Civil Veterinary Department ledger series I-VI
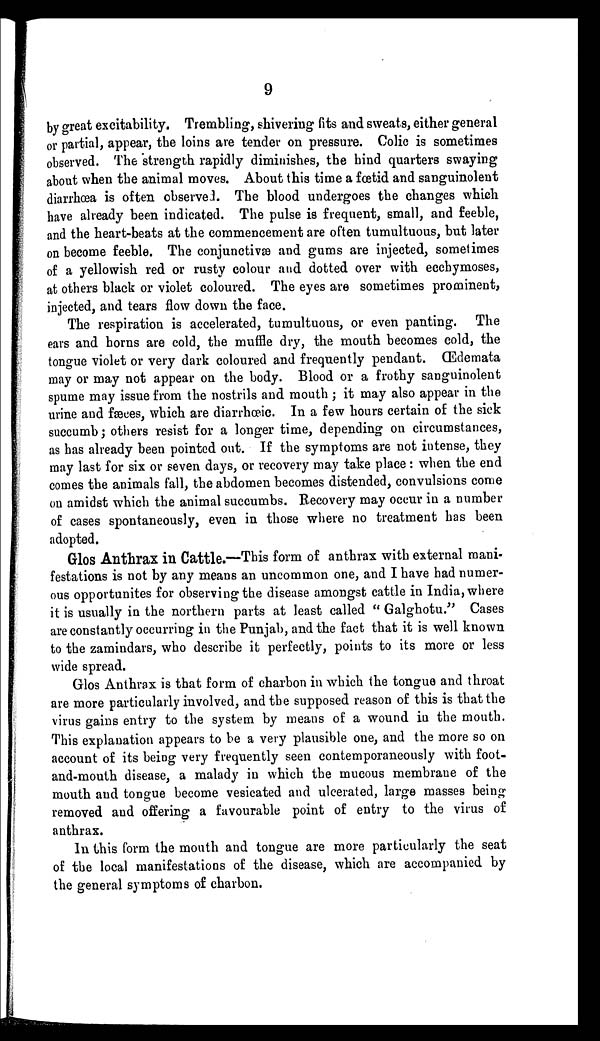
9
by great excitability. Trembling, shivering fits and sweats, either general
or partial, appear, the loins are tender on pressure. Colic is sometimes
observed. The strength rapidly diminishes, the hind quarters swaying
about when the animal moves. About this time a fœtid and sanguinolent
diarrhœa is often observed. The blood undergoes the changes which
have already been indicated. The pulse is frequent, small, and feeble,
and the heart-beats at the commencement are often tumultuous, but later
on become feeble. The conjunctivæ and gums are injected, sometimes
of a yellowish red or rusty colour and dotted over with ecchymoses,
at others black or violet coloured. The eyes are sometimes prominent,
injected, and tears flow down the face.
The respiration is accelerated, tumultuous, or even panting. The
ears and horns are cold, the muffle dry, the mouth becomes cold, the
tongue violet or very dark coloured and frequently pendant. Œdemata
may or may not appear on the body. Blood or a frothy sanguinolent
spume may issue from the nostrils and mouth; it may also appear in the
urine and fæees, which are diarrhœic. In a few hours certain of the sick
succumb; others resist for a longer time, depending on circumstances,
as has already been pointed out. If the symptoms are not intense, they
may last for six or seven days, or recovery may take place: when the end
comes the animals fall, the abdomen becomes distended, convulsions come
on amidst which the animal succumbs. Recovery may occur in a number
of cases spontaneously, even in those where no treatment has been
adopted.
Glos Anthrax in Cattle.—This form of anthrax with external mani-
festations is not by any means an uncommon one, and I have had numer-
ous opportunites for observing the disease amongst cattle in India, where
it is usually in the northern parts at least called "Galghotu." Cases
are constantly occurring in the Punjab, and the fact that it is well known
to the zamindars, who describe it perfectly, points to its more or less
wide spread.
Glos Anthrax is that form of charbon in which the tongue and throat
are more particularly involved, and the supposed reason of this is that the
virus gains entry to the system by means of a wound in the mouth.
This explanation appears to be a very plausible one, and the more so on
account of its being very frequently seen contemporaneously with foot-
and-mouth disease, a malady in which the mucous membrane of the
mouth and tongue become vesicated and ulcerated, large masses being
removed and offering a favourable point of entry to the virus of
anthrax.
In this form the mouth and tongue are more particularly the seat
of the local manifestations of the disease, which are accompanied by
the general symptoms of charbon.